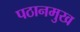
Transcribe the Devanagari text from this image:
पठानमुख